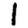
Digit: 1